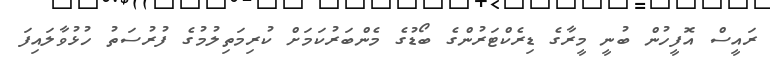
ރައީސް އޮފީހުން ބުނީ މީރާގެ ޑިރެކްޓަރުންގެ ބޯޑުގެ މެންބަރުކަމަށް ކުރިމަތިލުމުގެ ފުރުސަތު ހުޅުވާލައިފަ